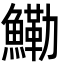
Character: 鰳